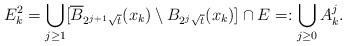
LaTeX: \begin{align*}E_k^2 = \bigcup_{j\geq 1}[\overline{B}_{2^{j+1}\sqrt{t}}(x_k)\setminus B_{2^{j}\sqrt{t}}(x_k)]\cap E =: \bigcup_{j\geq 0}A_{k}^j.\end{align*}